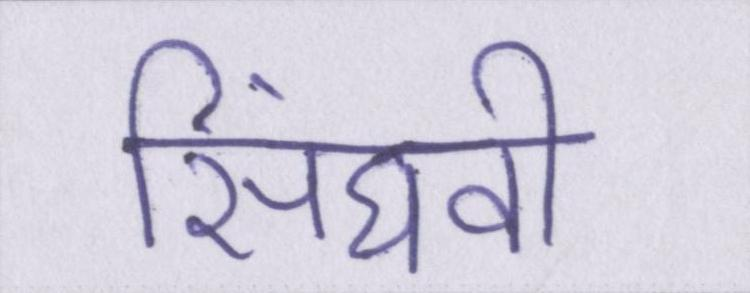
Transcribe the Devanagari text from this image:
सिंघवी